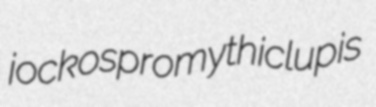
jockos promythic lupis